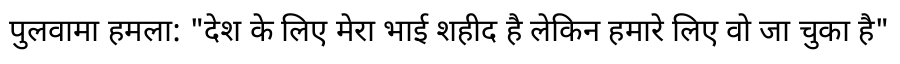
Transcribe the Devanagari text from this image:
पुलवामा हमला: "देश के लिए मेरा भाई शहीद है लेकिन हमारे लिए वो जा चुका है"